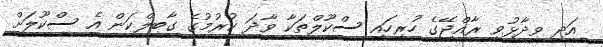
އަދި ވިދާޅުވީ ރާއްޖޭގެ ހުރިހައި ސްކޫލްތަކާ ވާދަ ކުރުމުގެ ގާބިލްކަން އެ ސްކޫލަށް